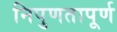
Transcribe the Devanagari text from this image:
निपुणतापूर्ण